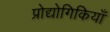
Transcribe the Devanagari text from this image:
प्रोद्योगिकियाँ